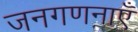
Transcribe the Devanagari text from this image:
जनगणनाएँ